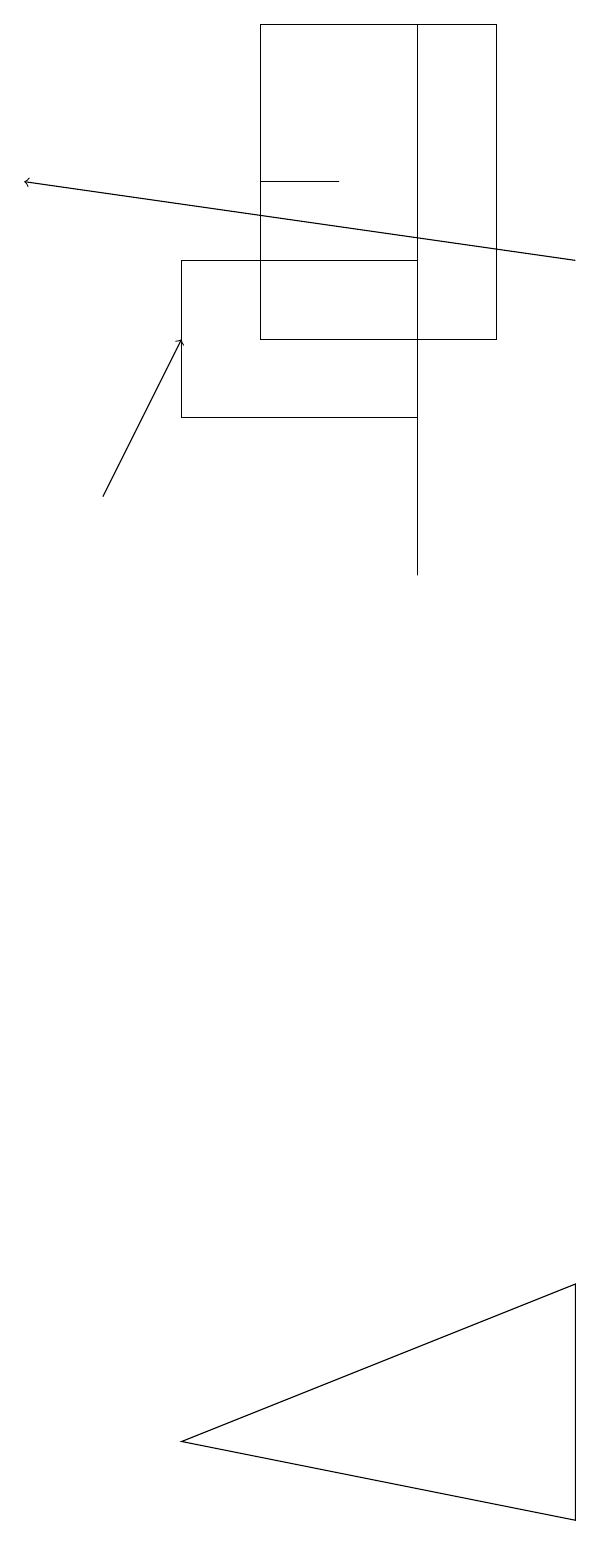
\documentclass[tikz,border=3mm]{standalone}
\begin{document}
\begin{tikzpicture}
\draw (4,16) rectangle (7,14);
\draw (5,17) rectangle (6,17);
\draw (9,0) -- (4,1) -- (9,3) -- cycle;
\draw[->] (9,16) -- (2,17);
\draw[->] (3,13) -- (4,15);
\draw (8,15) rectangle (5,19);
\draw (7,19) rectangle (7,12);
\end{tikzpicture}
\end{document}